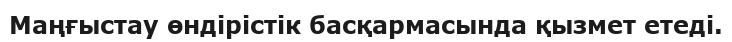
Маңғыстау өндірістік басқармасында қызмет етеді.